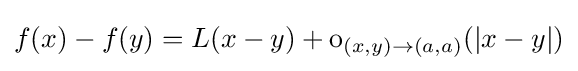
f(x)-f(y)=L(x-y)+\operatorname {o} \limits _{(x,y)\to (a,a)}(|x-y|)